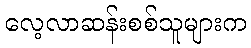
လေ့လာဆန်းစစ်သူများက